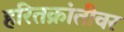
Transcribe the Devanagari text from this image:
हरितक्रांतीवर